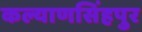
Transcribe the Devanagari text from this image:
कल्याणसिंहपुर